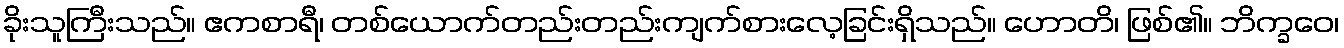
ခိုးသူကြီးသည်။ ဧကစာရီ၊ တစ်ယောက်တည်းတည်းကျက်စားလေ့ခြင်းရှိသည်။ ဟောတိ၊ ဖြစ်၏။ ဘိက္ခဝေ၊